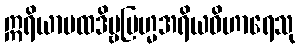
ဣရိယာပထဒိဗ္ဗဗြဟ္မအရိယဝိဟာရေသု